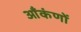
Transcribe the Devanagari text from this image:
आँकंणों